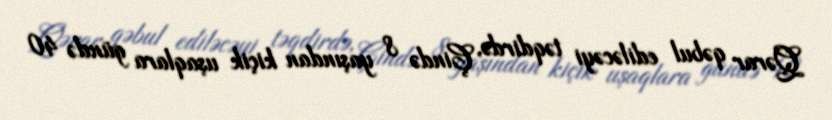
Qərar qəbul ediləcəyi təqdirdə, Çində 8 yaşından kiçik uşaqlara gündə 40